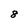
Character: 8